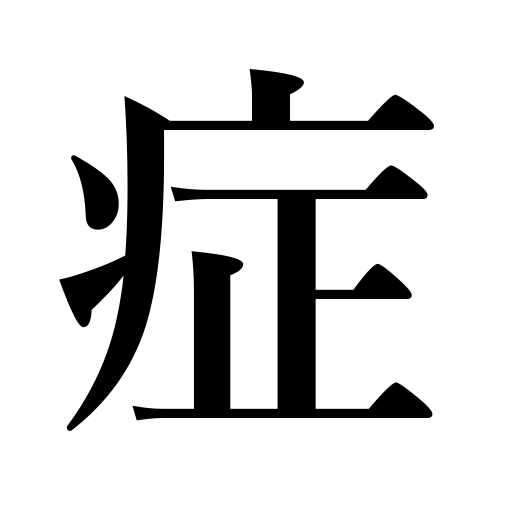
Meanings: symptoms,nature of a disease,condition of a patient,illness